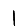
Digit: 1